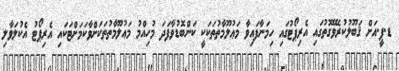
ޑ.ޕީ.އަށް ޤަބޫލުކުރެވޭގޮތުގައި އެރިޕޯޓުގައި ހިމަނާފައިވާ މަޢުލޫމާތުތަކަކީ ކަންބޮޑުވާފަދަ މުހިއްމު މަޢުލޫމާތުތަކަށްވާކަމަށްޓަކައި އެރިޕޯޓު އެކުލަވާލި